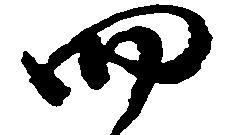
四